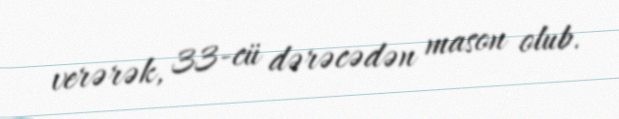
verərək, 33-cü dərəcədən mason olub.